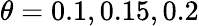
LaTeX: \theta=0.1,0.15,0.2